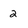
Character: 2